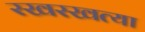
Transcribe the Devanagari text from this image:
रखरखत्या